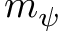
m _ { \psi }